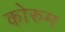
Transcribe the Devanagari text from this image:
कोरुम